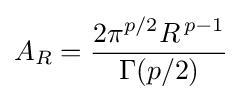
A_{R}={\frac {2\pi ^{p/2}R^{\,p-1}}{\Gamma (p/2)}}